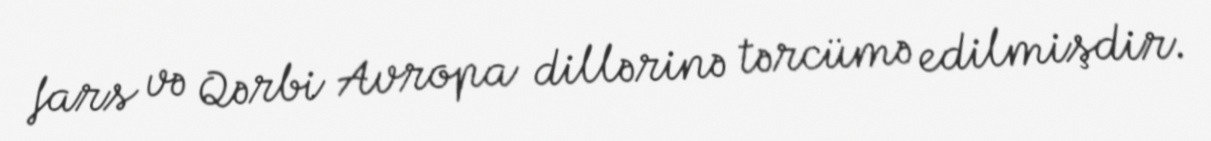
fars və Qərbi Avropa dillərinə tərcümə edilmişdir.